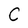
Character: C